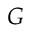
G